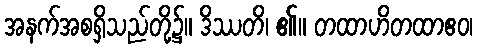
အနက်အစရှိသည်တို့၌။ ဒိဿတိ၊ ၏။ တထာဟိတထာဧဝ၊